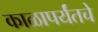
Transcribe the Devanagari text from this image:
काळापर्यंतचे